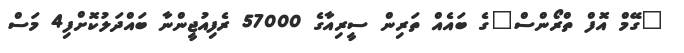
"ގޭމް އޮފް ތްރޯންސް"ގެ ބައެއް ތަރިން ސީރިއާގެ 57000 ރެފިއުޖީންނާ ބައްދަލުކޮށްފި4 މަސް